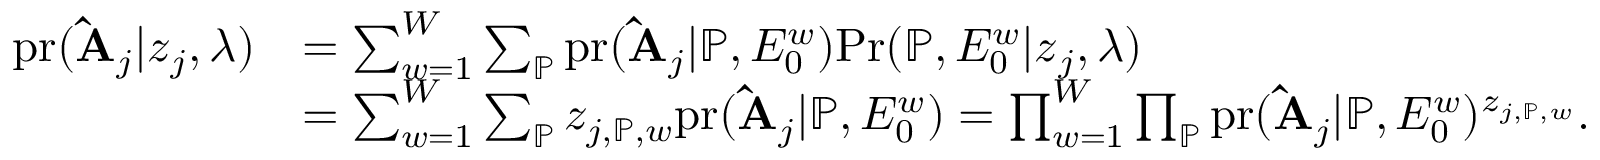
\begin{array} { r l } { \mathrm { p r } ( \mathbf { \hat { A } } _ { j } | \boldsymbol { z } _ { j } , \boldsymbol { \lambda } ) } & { = \sum _ { w = 1 } ^ { W } \sum _ { \mathbb { P } } \mathrm { p r } ( \mathbf { \hat { A } } _ { j } | \mathbb { P } , E _ { 0 } ^ { w } ) \mathrm { P r } ( \mathbb { P } , E _ { 0 } ^ { w } | \boldsymbol { z } _ { j } , \boldsymbol { \lambda } ) } \\ & { = \sum _ { w = 1 } ^ { W } \sum _ { \mathbb { P } } z _ { j , \mathbb { P } , w } \mathrm { p r } ( \mathbf { \hat { A } } _ { j } | \mathbb { P } , E _ { 0 } ^ { w } ) = \prod _ { w = 1 } ^ { W } \prod _ { \mathbb { P } } \mathrm { p r } ( \mathbf { \hat { A } } _ { j } | \mathbb { P } , E _ { 0 } ^ { w } ) ^ { z _ { j , \mathbb { P } , w } } . } \end{array}